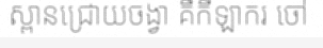
ស្ពានជ្រោយចង្វា គឺកីឡាករ ចៅ